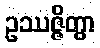
ဥဿဇ္ဇိတွာ